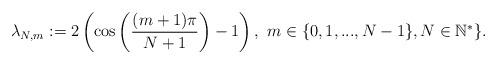
LaTeX: \begin{align*}\lambda_{N,m}:=2\left(\cos\left({{(m+1)\pi}\over{N+1}}\right)-1\right), \ m\in\{0,1,...,N-1\}, N\in\mathbb{N}^*\}.\end{align*}